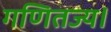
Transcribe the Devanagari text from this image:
गणितज्य।